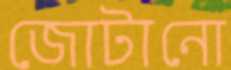
জোটানো